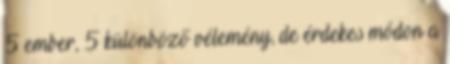
5 ember, 5 különböző vélemény, de érdekes módon a